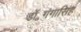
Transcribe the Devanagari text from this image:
डॉ॰गंगासिंह